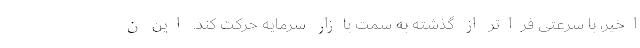
اخیر، با سرعتی فراتر از گذشته به سمت بازار سرمایه حرکت کند. این ن